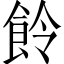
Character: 𩚹